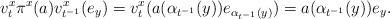
\begin{gather*}v_t^x\pi^x(a)v_{t^{-1}}^x(e_y)=v_t^x(a(\alpha_{t^{-1}}(y))e_{\alpha_{t^{-1}}(y)})=a(\alpha_{t^{-1}}(y))e_{y}.\end{gather*}